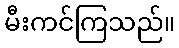
မီးကင်ကြသည်။